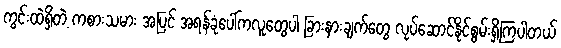
ကွင်းထဲရှိတဲ့ ကစားသမား အပြင် အရန်ခုံပေါ်ကလူတွေပါ ခြားနားချက်တွေ လုပ်ဆောင်နိုင်စွမ်းရှိကြပါတယ်